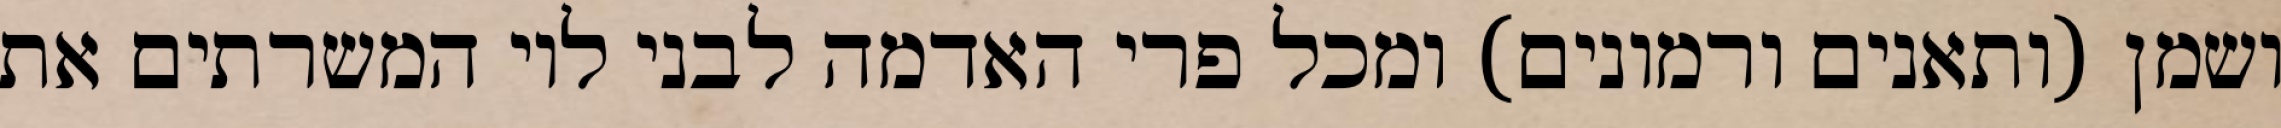
ושמן (ותאנים ורמונים) ומכל פרי האדמה לבני לוי המשרתים את